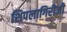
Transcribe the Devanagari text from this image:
शिपलागिरीजी